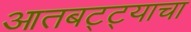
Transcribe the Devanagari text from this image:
आतबट्ट्याचा